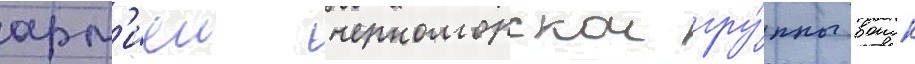
арм'иеи черноморскои гру́ппы воиск